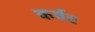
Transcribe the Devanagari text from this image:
कर्वट